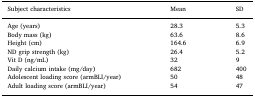
| Subject characteristics | Mean | SD |
 | --- | --- | --- |
 | Age (years) | 28.3 | 5.3 |
 | Body mass (kg) | 63.6 | 8.6 |
 | Height (cm) | 164.6 | 6.9 |
 | ND grip strength (kg) | 26.4 | 5.2 |
 | Vit D (ng/mL) | 32 | 9 |
 | Daily calcium intake (mg/day) | 682 | 400 |
 | Adolescent loading score (armBLI/year) | 50 | 48 |
 | Adult loading score (armBLI/year) | 54 | 47 |